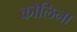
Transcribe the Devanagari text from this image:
कोलिना